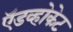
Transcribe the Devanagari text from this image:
ऍडव्होकेट